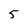
Character: 5